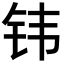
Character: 𬬬